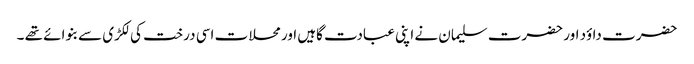
حضرت داؤد اور حضرت سلیمان نے اپنی عبادت گاہیں اور محلات اسی درخت کی لکڑی سے بنوائے تھے ۔